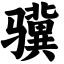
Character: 骥